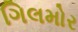
ગિલમોર